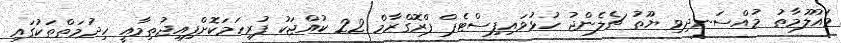
މައުލޫމާތު މުއްސަނދިވި ޔޫތު ޗެލެންޖު ހުޅުވައިފިސްޓެޕް ޕްރޮގްރާމް 22 ކުއްޖަކު ފުރިހަމަކޮށްފިއިޖުތިމާއީ ހިދުމަތްތަކުގައި